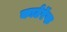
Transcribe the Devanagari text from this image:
कार्टरॅफ